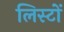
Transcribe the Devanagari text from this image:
लिस्टों